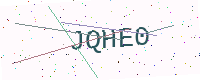
Text: JQHE0